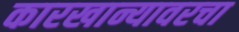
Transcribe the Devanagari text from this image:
कारखान्यावरचा